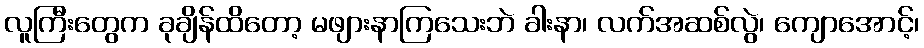
လူကြီးတွေက ခုချိန်ထိတော့ မဖျားနာကြသေးဘဲ ခါးနာ၊ လက်အဆစ်လွဲ၊ ကျောအောင့်၊